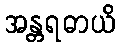
အန္တရဓာယိ